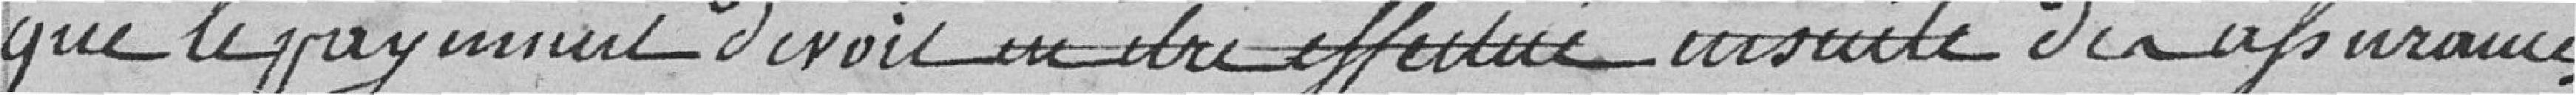
que le paiement devait en être effectué ensuite de assurances